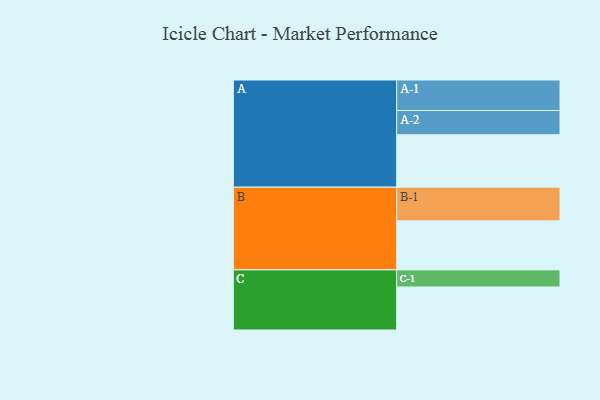
{"axis": {"x": "Segment", "y": "Value"}, "legend": ["", "A", "B", "C"], "data": [{"x": "A", "y": 439, "type": ""}, {"x": "B", "y": 411, "type": ""}, {"x": "C", "y": 360, "type": ""}, {"x": "A-1", "y": 255, "type": "A"}, {"x": "A-2", "y": 203, "type": "A"}, {"x": "B-1", "y": 281, "type": "B"}, {"x": "C-1", "y": 143, "type": "C"}]}